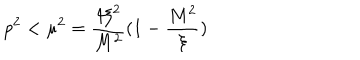
p ^ { 2 } < \mu ^ { 2 } = \frac { 4 \xi ^ { 2 } } { M ^ { 2 } } ( 1 - \frac { M ^ { 2 } } { \xi } )